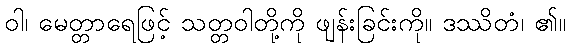
ဝါ၊ မေတ္တာရေဖြင့် သတ္တဝါတို့ကို ဖျန်းခြင်းကို။ ဒဿိတံ၊ ၏။